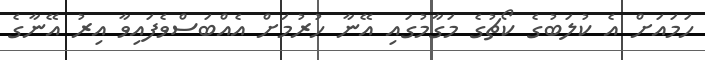
ހަމައަށް އެ ކުލަބުގެ ކޯޗުގެ މަގާމުގައި އޭނާ ހުރުމަށް އެއްބަސްވެފައިވާ އިރު އޭނާގެ